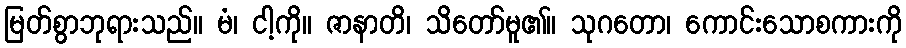
မြတ်စွာဘုရားသည်။ မံ၊ ငါ့ကို။ ဇာနာတိ၊ သိတော်မူ၏။ သုဂတော၊ ကောင်းသောစကားကို